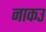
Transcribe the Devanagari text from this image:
नाकउ